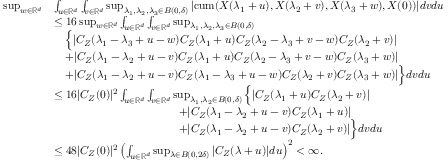
\begin{array} { r l } { \operatorname* { s u p } _ { w \in \mathbb { R } ^ { d } } } & { \int _ { u \in \mathbb { R } ^ { d } } \int _ { v \in \mathbb { R } ^ { d } } \operatorname* { s u p } _ { \lambda _ { 1 } , \lambda _ { 2 } , \lambda _ { 3 } \in B ( 0 , \delta ) } | \mathrm { c u m } ( X ( \lambda _ { 1 } + u ) , X ( \lambda _ { 2 } + v ) , X ( \lambda _ { 3 } + w ) , X ( 0 ) ) | d v d u } \\ & { \leq 1 6 \operatorname* { s u p } _ { w \in \mathbb { R } ^ { d } } \int _ { u \in \mathbb { R } ^ { d } } \int _ { v \in \mathbb { R } ^ { d } } \operatorname* { s u p } _ { \lambda _ { 1 } , \lambda _ { 2 } , \lambda _ { 3 } \in B ( 0 , \delta ) } } \\ & { \quad \Big \{ | C _ { Z } ( \lambda _ { 1 } - \lambda _ { 3 } + u - w ) C _ { Z } ( \lambda _ { 1 } + u ) C _ { Z } ( \lambda _ { 2 } - \lambda _ { 3 } + v - w ) C _ { Z } ( \lambda _ { 2 } + v ) | } \\ & { \quad + | C _ { Z } ( \lambda _ { 1 } - \lambda _ { 2 } + u - v ) C _ { Z } ( \lambda _ { 1 } + u ) C _ { Z } ( \lambda _ { 2 } - \lambda _ { 3 } + v - w ) C _ { Z } ( \lambda _ { 3 } + w ) | } \\ & { \quad + | C _ { Z } ( \lambda _ { 1 } - \lambda _ { 2 } + u - v ) C _ { Z } ( \lambda _ { 1 } - \lambda _ { 3 } + u - w ) C _ { Z } ( \lambda _ { 2 } + v ) C _ { Z } ( \lambda _ { 3 } + w ) | \Big \} d v d u } \\ & { \leq 1 6 | C _ { Z } ( 0 ) | ^ { 2 } \int _ { u \in \mathbb { R } ^ { d } } \int _ { v \in \mathbb { R } ^ { d } } \operatorname* { s u p } _ { \lambda _ { 1 } , \lambda _ { 2 } \in B ( 0 , \delta ) } \Big \{ | C _ { Z } ( \lambda _ { 1 } + u ) C _ { Z } ( \lambda _ { 2 } + v ) | } \\ & { \qquad \qquad \qquad \qquad \qquad \quad + | C _ { Z } ( \lambda _ { 1 } - \lambda _ { 2 } + u - v ) C _ { Z } ( \lambda _ { 1 } + u ) | } \\ & { \qquad \qquad \qquad \qquad \qquad \quad + | C _ { Z } ( \lambda _ { 1 } - \lambda _ { 2 } + u - v ) C _ { Z } ( \lambda _ { 2 } + v ) | \Big \} d v d u } \\ & { \leq 4 8 | C _ { Z } ( 0 ) | ^ { 2 } \left( \int _ { u \in \mathbb { R } ^ { d } } \operatorname* { s u p } _ { \lambda \in B ( 0 , 2 \delta ) } | C _ { Z } ( \lambda + u ) | d u \right) ^ { 2 } < \infty . } \end{array}